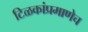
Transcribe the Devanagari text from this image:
टिळकांप्रमाणेच